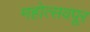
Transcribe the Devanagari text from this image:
महोत्सवपूर